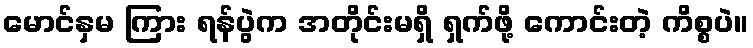
မောင်နှမ ကြား ရန်ပွဲက အတိုင်းမရှိ ရှက်ဖို့ ကောင်းတဲ့ ကိစ္စပဲ။